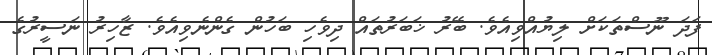
ފަދަ ނޫސްތަކަށް ލިޔުއްވިއެވެ. ބޭރު ޚަބަރުތައް ދިވެހި ބަހުން ގެންނެވިއެވެ. ޒާހިރު ނަސީރުގެ